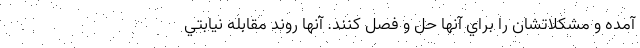
آمده و مشكلاتشان را براي آنها حل و فصل كنند. آنها روند مقابله نيابتي